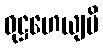
ဝုဋ္ဌဟေယျပိ